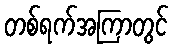
တစ်ရက်အကြာတွင်